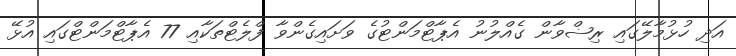
އަދި ހުޅުމާލޭގައި ރިޟްވާން ގެއްލުނު އެޕާޓްމަންޓުގެ ވަށައިގެންވާ ފްލެޓްތަކާއި 77 އެޕާޓްމަންޓްގައި އުޅޭ